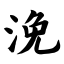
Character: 浼